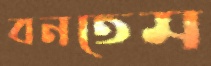
বনতেম